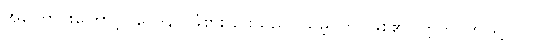
အကြောင်းကြောင့်။ ဝေဒနာ၊ ခံစားခြင်းသည်။ သမ္ဘဝတိ၊ ဖြစ်၏။ ဣတိ၊ ဤသို့။ ပ။